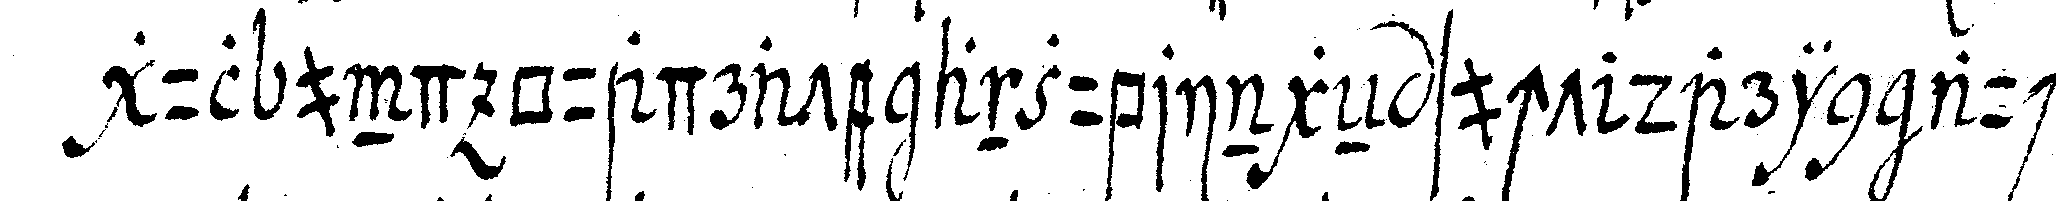
gul und quadrate anzubringeN sucht darin auch